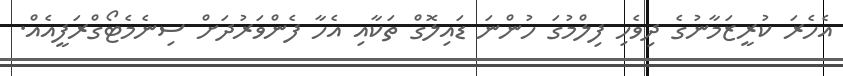
އެހެރަ ކުރީޒަމާނުގެ ދިވެހި ފިލްމުގަ ހުންނަ ޑައިލޮގް ތަކާއި އެހާ ފެންވަރުދަށް ސިނެމެޓޯގްރަފީއެއް.